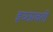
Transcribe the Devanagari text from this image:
इच्छावती